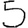
Digit: 5